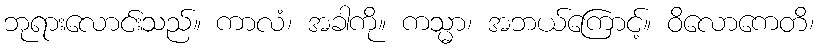
ဘုရားလောင်းသည်။ ကာလံ၊ အခါကို။ ကသ္မာ၊ အဘယ်ကြောင့်။ ဝိလောကေတိ၊